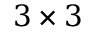
3 \times 3